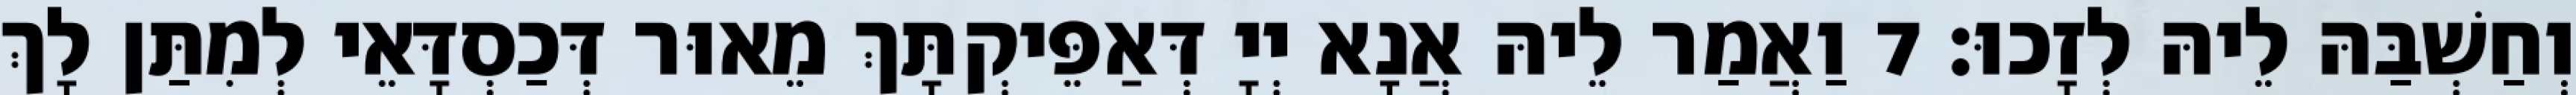
וְחַשְׁבַּהּ לֵיהּ לְזָכוּ׃ 7 וַאֲמַר לֵיהּ אֲנָא יְיָ דְּאַפֵּיקְתָּךְ מֵאוּר דְּכַסְדָּאֵי לְמִתַּן לָךְ